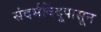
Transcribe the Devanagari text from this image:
संदर्भबिंदूपासून